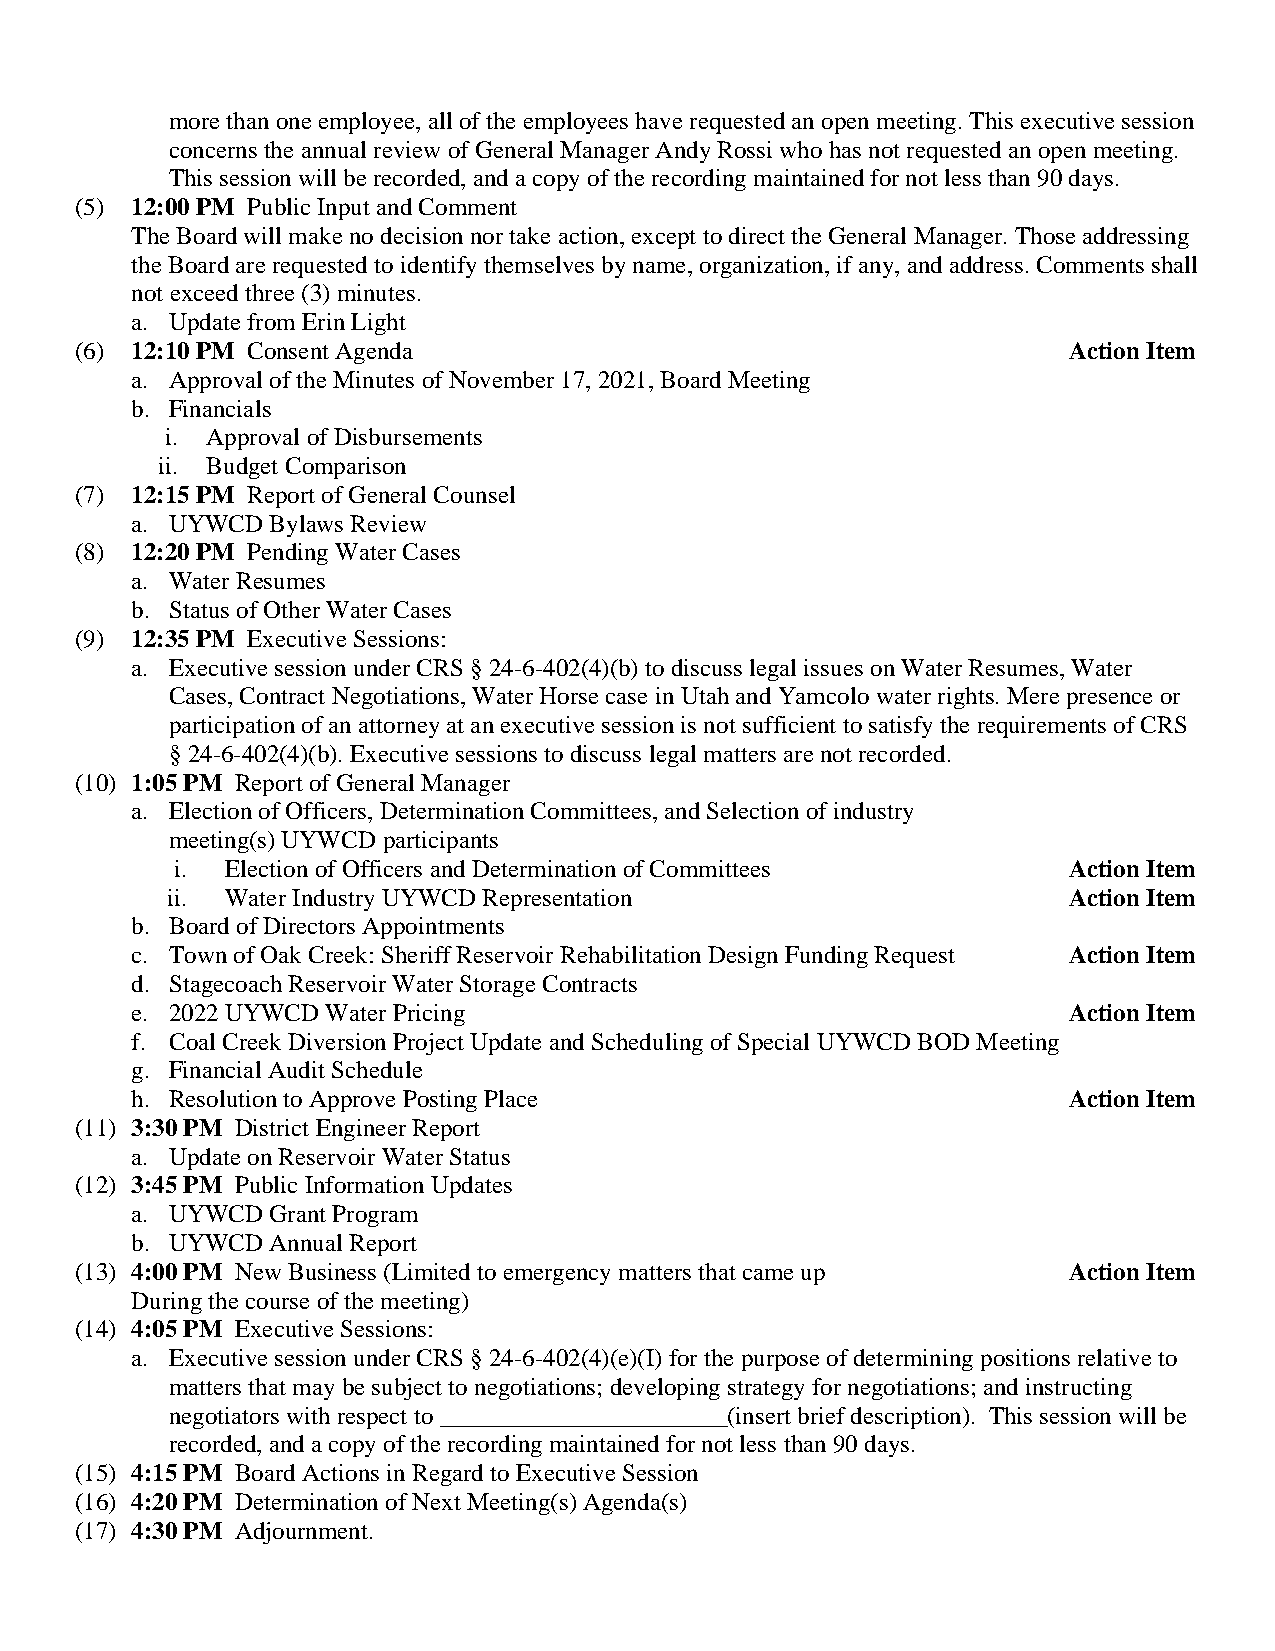
more than one employee, all of the employees have requested an open meeting. This executive session
 concerns the annual review of General Manager Andy Rossi who has not requested an open meeting.
 This session will be recorded, and a copy of the recording maintained for not less than 90 days.
 (5) 12:00 PM Public Input and Comment
 The Board will make no decision nor take action, except to direct the General Manager. Those addressing
 the Board are requested to identify themselves by name, organization, if any, and address. Comments shall
 not exceed three (3) minutes.
 a. Update from Erin Light
 (6) 12:10 PM Consent Agenda                                       Action Item
 a. Approval of the Minutes of November 17, 2021, Board Meeting
 b. Financials
 i. Approval of Disbursements
 ii. Budget Comparison
 (7) 12:15 PM Report of General Counsel
 a. UYWCD Bylaws Review
 (8) 12:20 PM Pending Water Cases
 a. Water Resumes
 b. Status of Other Water Cases
 (9) 12:35 PM Executive Sessions:
 a. Executive session under CRS § 24-6-402(4)(b) to discuss legal issues on Water Resumes, Water
 Cases, Contract Negotiations, Water Horse case in Utah and Yamcolo water rights. Mere presence or
 participation of an attorney at an executive session is not sufficient to satisfy the requirements of CRS
 § 24-6-402(4)(b). Executive sessions to discuss legal matters are not recorded.
 (10) 1:05 PM Report of General Manager
 a. Election of Officers, Determination Committees, and Selection of industry
 meeting(s) UYWCD participants
 i. Election of Officers and Determination of Committees    Action Item
 ii. Water Industry UYWCD Representation                     Action Item
 b. Board of Directors Appointments
 c. Town of Oak Creek: Sheriff Reservoir Rehabilitation Design Funding Request Action Item
 d. Stagecoach Reservoir Water Storage Contracts
 e. 2022 UYWCD Water Pricing                                   Action Item
 f. Coal Creek Diversion Project Update and Scheduling of Special UYWCD BOD Meeting
 g. Financial Audit Schedule
 h. Resolution to Approve Posting Place                        Action Item
 (11) 3:30 PM District Engineer Report
 a. Update on Reservoir Water Status
 (12) 3:45 PM Public Information Updates
 a. UYWCD Grant Program
 b. UYWCD Annual Report
 (13) 4:00 PM New Business (Limited to emergency matters that came up Action Item
 During the course of the meeting)
 (14) 4:05 PM Executive Sessions:
 a. Executive session under CRS § 24-6-402(4)(e)(I) for the purpose of determining positions relative to
 matters that may be subject to negotiations; developing strategy for negotiations; and instructing
 negotiators with respect to _______________________(insert brief description). This session will be
 recorded, and a copy of the recording maintained for not less than 90 days.
 (15) 4:15 PM Board Actions in Regard to Executive Session
 (16) 4:20 PM Determination of Next Meeting(s) Agenda(s)
 (17) 4:30 PM Adjournment.